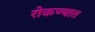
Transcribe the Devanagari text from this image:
रोकण्यात